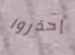
إحذروا